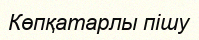
Көпқатарлы пішу